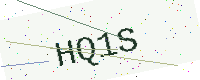
Text: HQ1S